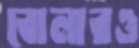
বোলারও